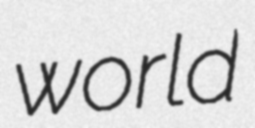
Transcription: world